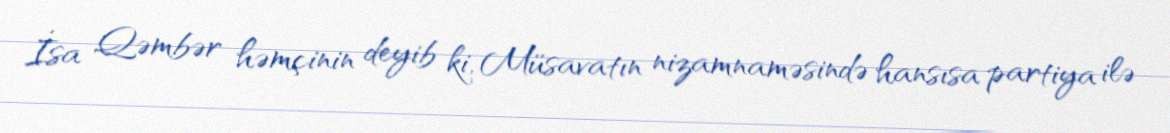
İsa Qəmbər həmçinin deyib ki, Müsavatın nizamnaməsində hansısa partiya ilə